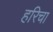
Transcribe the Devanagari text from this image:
हरिचा